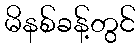
မိနစ်ခန့်တွင်